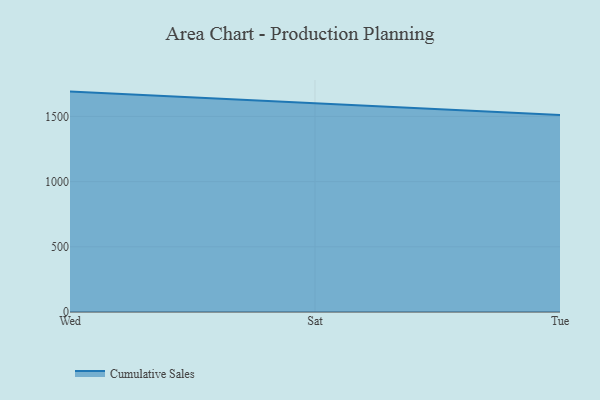
{"axis": {"x": "Day", "y": "Backlog"}, "legend": ["Cumulative Sales"], "data": [{"x": "Wed", "y": 1690.8, "type": "Cumulative Sales"}, {"x": "Sat", "y": 1601.8, "type": "Cumulative Sales"}, {"x": "Tue", "y": 1511.0, "type": "Cumulative Sales"}]}